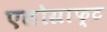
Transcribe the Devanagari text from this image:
एलोग्राफ्ट